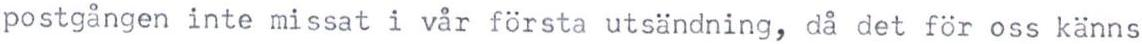
postgången inte missat i vår första utsändning, då det för oss känns